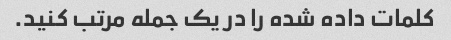
کلمات داده شده را در یک جمله مرتب کنید.